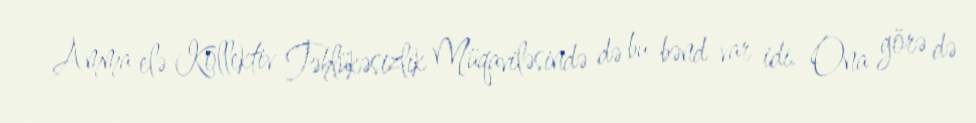
Amma elə Kollektiv Təhlükəsizlik Müqaviləsində də bu bənd var idi. Ona görə də